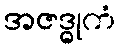
အဇဒ္ဓုကံ